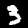
Label: 3